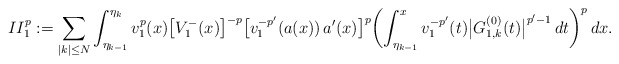
\begin{align*}II_1^p:=\sum_{|k|\le N}\int_{\eta_{k-1}}^{\eta_k} v_1^{p}(x)\bigl[V_1^-(x)\bigr]^{-p}\bigl[v_1^{-p'}(a(x))\,a'(x)\bigr]^p \biggl(\int_{\eta_{k-1}}^x v_1^{-p'}(t) \bigl|G^{(0)}_{1,k}(t)\bigr|^{p'-1}\,dt\biggr)^p\,dx.\end{align*}